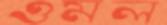
ওমল